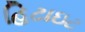
હિટાઇટ